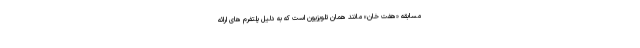
مسابقه «هفت خان» مانند همان تلویزیون است که به دلیل پلتفرم های ارائه